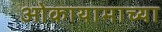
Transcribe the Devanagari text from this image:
ओकायामाच्या